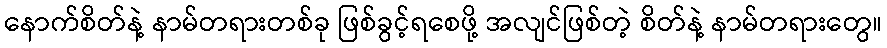
နောက်စိတ်နဲ့ နာမ်တရားတစ်ခု ဖြစ်ခွင့်ရစေဖို့ အလျင်ဖြစ်တဲ့ စိတ်နဲ့ နာမ်တရားတွေ။